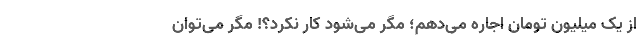
از یک میلیون تومان اجاره می‌دهم؛ مگر می‌شود کار نکرد؟! مگر می‌توان